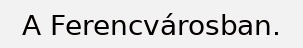
A Ferencvárosban.